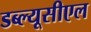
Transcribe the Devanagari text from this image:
डब्ल्यूसीएल